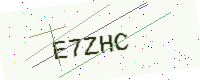
Text: E7ZHC